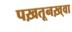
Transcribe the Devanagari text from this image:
पख़तूनख़्वा